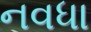
નવધા